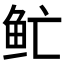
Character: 𲍈